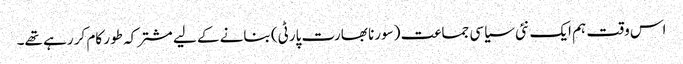
اس وقت ہم ایک نئی سیاسی جماعت (سورنا بھارت پارٹی) بنانے کے لیے مشترکہ طور کام کر رہے تھے۔